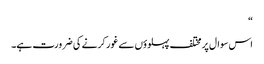
“
اس سوال پر مختلف پہلوؤں سے غور کرنے کی ضرورت ہے۔